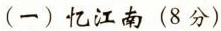
(一)忆江南(8分)